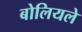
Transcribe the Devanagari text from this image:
बोलियले